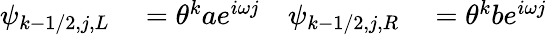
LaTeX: \begin{array}{rlrl}{\psi_{k-1/2,j,L}}&{{}=\theta^{k}ae^{i\omega j}}&{\psi_{k-1/2,j,R}}&{{}=\theta^{k}be^{i\omega j}}\end{array}